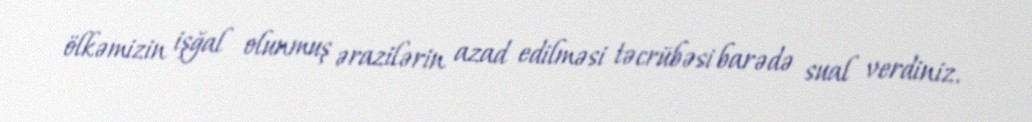
ölkəmizin işğal olunmuş ərazilərin azad edilməsi təcrübəsi barədə sual verdiniz.